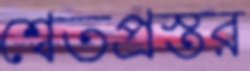
শ্বেতপ্রস্তর